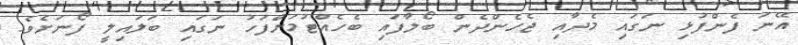
އޭނަ ފެންފުޅި ނަގައި މެދާއި ޖެހެންދެން ބޯލާފައި ބެހެއްޓުމަށްފަހު ނަގައި ބަލައިލީ ފޯނަށެވެ.